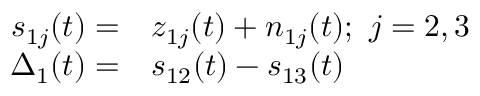
\begin{array} { r l } { s _ { 1 j } ( t ) = } & { { } z _ { 1 j } ( t ) + n _ { 1 j } ( t ) ; ~ j = 2 , 3 } \\ { \Delta _ { 1 } ( t ) = } & { { } s _ { 1 2 } ( t ) - s _ { 1 3 } ( t ) } \end{array}